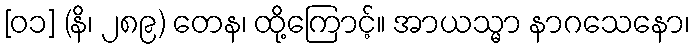
[၀၁] (နိ၊ ၂၈၉) တေန၊ ထို့ကြောင့်။ အာယသ္မာ နာဂသေနော၊